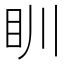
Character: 𥃹